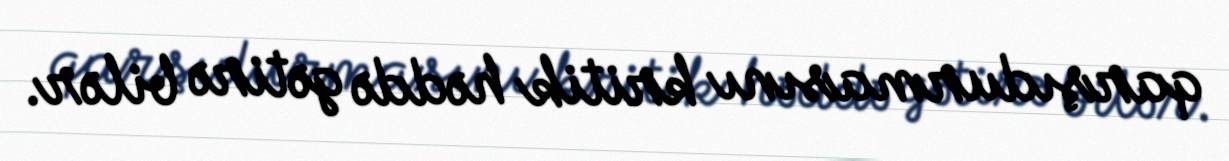
qarşıdurmasını kritik həddə gətirə bilər.